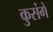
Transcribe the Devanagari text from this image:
कुसंगें